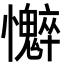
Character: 𫻣